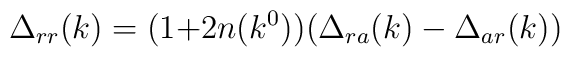
\Delta_{rr}(k)=\bigl(1{+}2n(k^0)\bigr) \bigl(\Delta_{ra}(k)-\Delta_{ar}(k)\bigr)